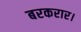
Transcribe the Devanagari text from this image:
बरकरार।